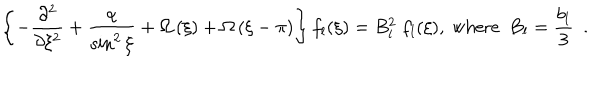
\left\{ - \frac { \partial ^ { 2 } } { \partial \xi ^ { 2 } } + \frac { \alpha } { \sin ^ { 2 } \xi } + \Omega \left( \xi \right) + \Omega \left( \xi - \pi \right) \right\} f _ { l } ( \xi ) = B _ { l } ^ { 2 } ~ f _ { l } ( \xi ) , ~ \mathrm { w h e r e } ~ ~ B _ { l } = \frac { b _ { l } } { 3 } ~ ~ .